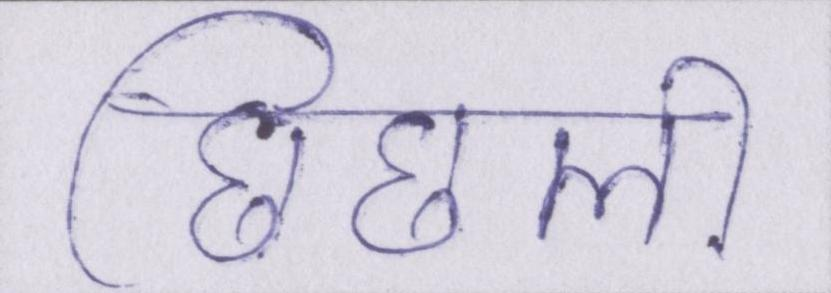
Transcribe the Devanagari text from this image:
छिछली